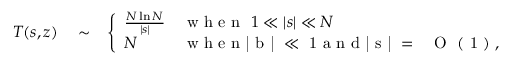
\begin{array} { r l r } { { \cal T } ( s , z ) } & { { } \sim } & { \left\{ \begin{array} { l l } { \frac { N \ln { N } } { | s | } } & { \mathrm { ~ w ~ h ~ e ~ n ~ } ~ 1 \ll | s | \ll N } \\ { N } & { \mathrm { ~ w ~ h ~ e ~ n ~ | ~ b ~ | ~ \ll ~ 1 ~ a ~ n ~ d ~ | ~ s ~ | ~ = ~ { ~ \cal ~ O ~ } ~ ( ~ 1 ~ ) ~ } , } \end{array} \right. } \end{array}